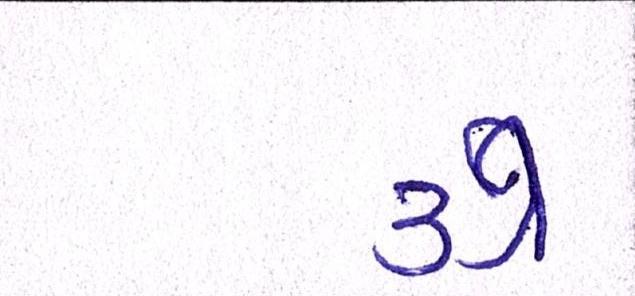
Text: ૩૭